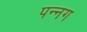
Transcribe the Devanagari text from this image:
पन्‍नग